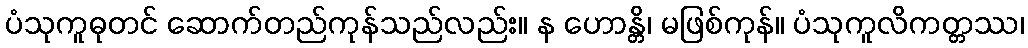
ပံသုကူဓုတင် ဆောက်တည်ကုန်သည်လည်း။ န ဟောန္တိ၊ မဖြစ်ကုန်။ ပံသုကူလိကတ္တဿ၊